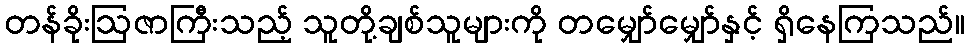
တန်ခိုးဩဇာကြီးသည့် သူတို့ချစ်သူများကို တမျှော်မျှော်နှင့် ရှိနေကြသည်။